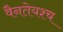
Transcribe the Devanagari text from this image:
वैनतेयश्च